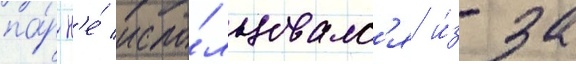
па́р н'е́ испо́льзовалс'я и́з-за